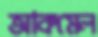
আকমেল